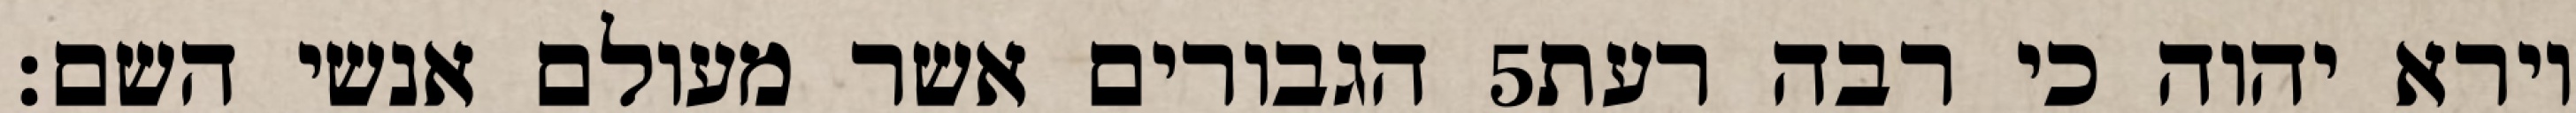
הגבורים אשר מעולם אנשי השם׃ ‎5‏ וירא יהוה כי רבה רעת